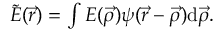
\begin{array} { r } { \tilde { E } ( \vec { r } ) = \int E ( \vec { \rho } ) \psi ( \vec { r } - \vec { \rho } ) \mathrm { d } \vec { \rho } . } \end{array}